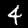
Digit: 4